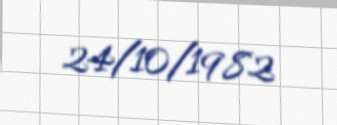
24/10/1982